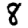
Digit: 8